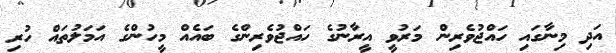
އަދި މިނާގައި ހައްޖުވެރިން މަރުވީ އީރާނުގެ ހައްޖުވެރިންގެ ބައެއް މީހުންގެ އަމަލުތައް ހުރި